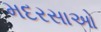
મદરસાઓ